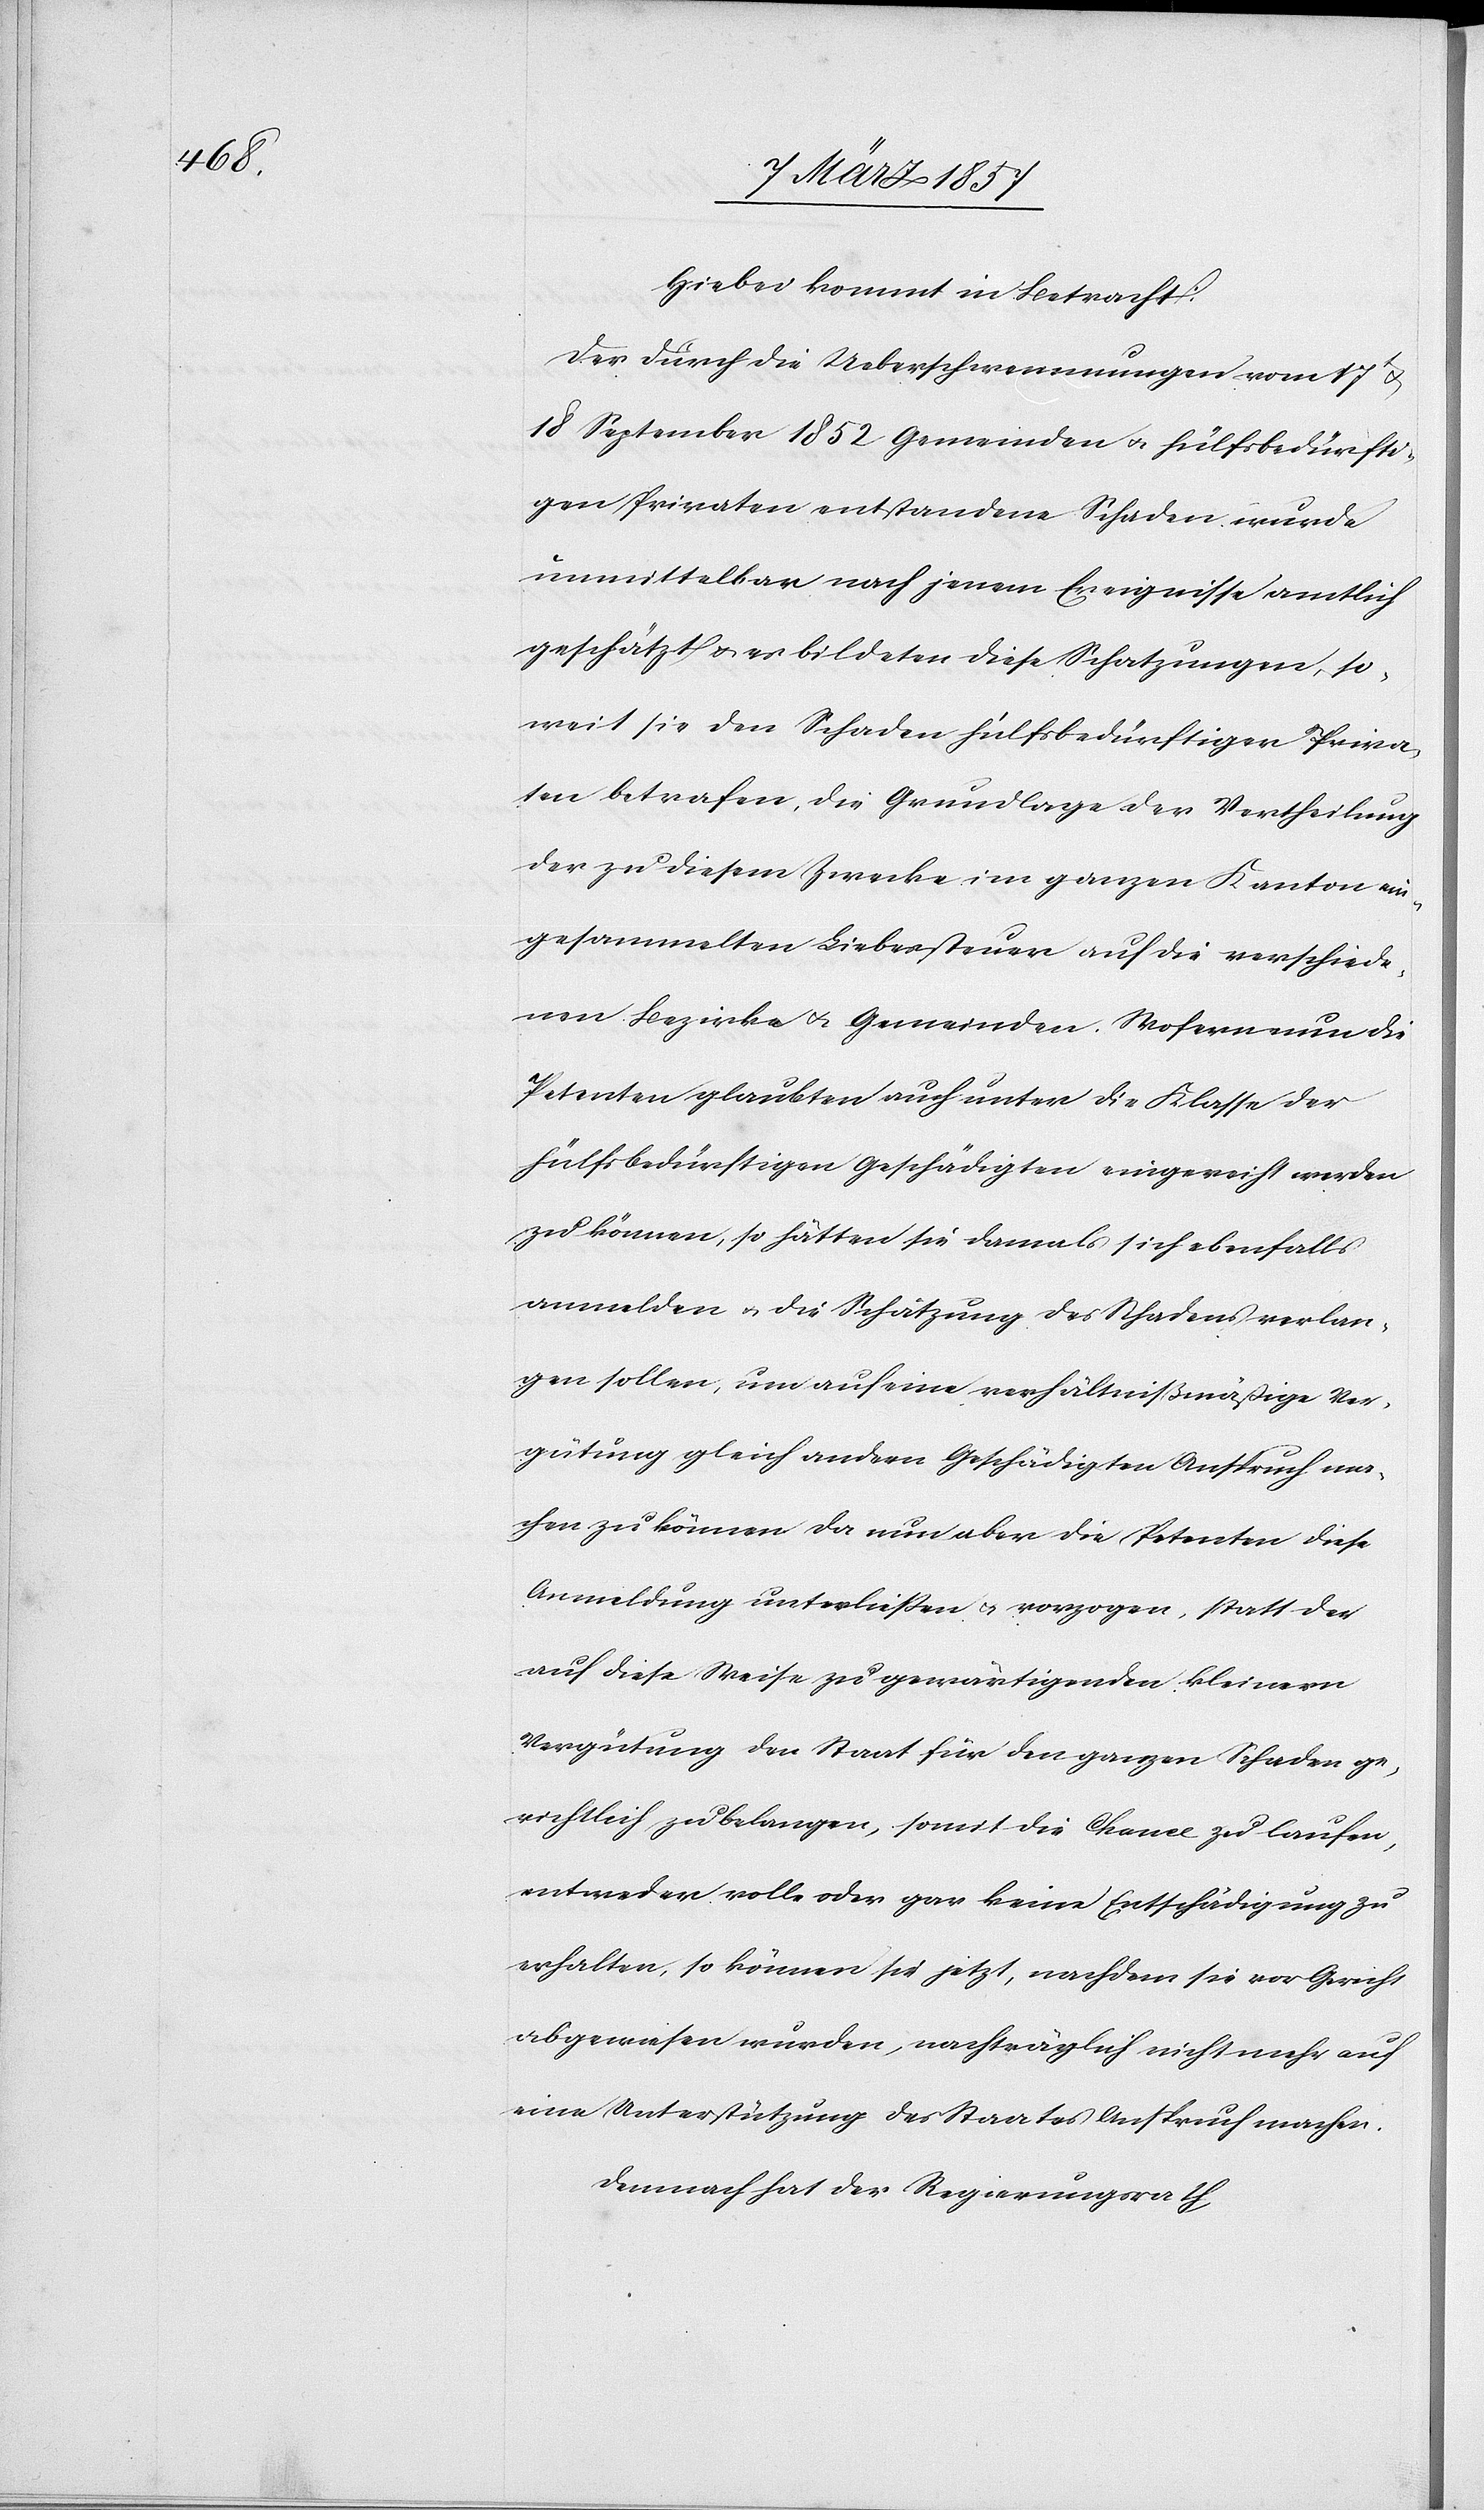
Hiebei kommt in Betracht:
Der durch die Ueberschwemmungen vom 17t u.
18 September 1852 Gemeinden u. hülfsbedürfti¬
gen Privaten entstandene Schaden wurde
unmittelbar nach jenem Ereignisse amtlich
geschätzt u. es bildeten diese Schatzungen, so¬
weit sie den Schaden hülfsbedürftiger Priva¬
ten betrafen, die Grundlage der Vertheilung
der zu diesem Zwecke im ganzen Kanton ein¬
gesammelten Liebessteuer auf die verschiede¬
nen Bezirke u. Gemeinden. Wofern nun die
Petenten glaubten auch unter die Klasse der
hülfsbedürftigen Geschädigten eingereiht werden
zu können, so hätten sie damals sich ebenfalls
anmelden u. die Schätzung des Schadens verlan¬
gen sollen, um auf eine verhältnißmäßige Ver¬
gütung gleich andern Geschädigten Anspruch ma¬
chen zu können. Da nun aber die Petenten diese
Anmeldung unterließen u. vorzogen, statt der
auf diese Weise zu gewärtigenden kleinern
Vergütung den Staat für den ganzen Schaden ge¬
richtlich zu belangen, somit die Chance zu laufen,
entweder volle oder gar keine Entschädigung zu
erhalten, so können sie jetzt, nachdem sie vor Gericht
abgewiesen wurden, nachträglich nicht mehr auf
eine Unterstützung des Staates Anspruch machen.
Demnach hat der Regierungsrath